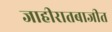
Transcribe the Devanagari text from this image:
जाहीरातबाजीत